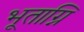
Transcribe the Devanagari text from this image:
भूताग्नि